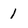
Character: 1